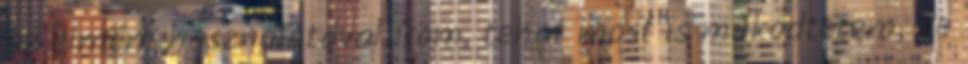
az elmém használatával írom, tehát most is működtetem, de